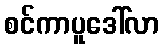
စင်ကာပူဒေါ်လာ